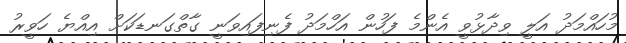
މުހައްމަދު އަލީ ވިދާޅުވީ އެންމެ ފަހުން އަހްމަދު ފެނިފައިވަނީ ގާތްގަނޑަކަށް އިއްޔެ ހަވީރު